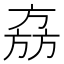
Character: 𬀉